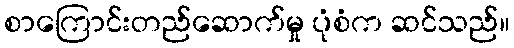
စာကြောင်းတည်ဆောက်မှု ပုံစံက ဆင်သည်။